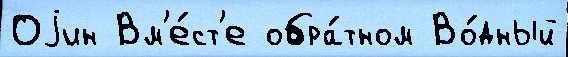
Оjин Вм'е́ст'е обра́тном Во́дный